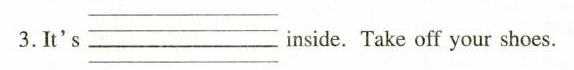
3.It's ___ inside. Take off your shoes.